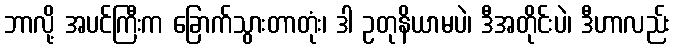
ဘာလို့ အပင်ကြီးက ခြောက်သွားတာတုံး၊ ဒါ ဥတုနိယာမပဲ၊ ဒီအတိုင်းပဲ၊ ဒီဟာလည်း